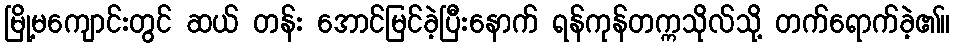
မြို့မကျောင်းတွင် ဆယ် တန်း အောင်မြင်ခဲ့ပြီးနောက် ရန်ကုန်တက္ကသိုလ်သို့ တက်ရောက်ခဲ့၏။